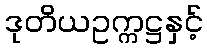
ဒုတိယဥက္ကဋ္ဌနှင့်